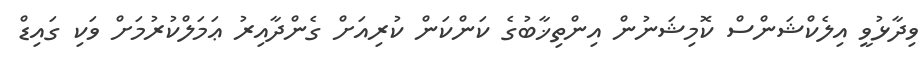
ވިދާޅުވީ އިލެކްޝަންސް ކޮމިޝަނުން އިންތިޚާބުގެ ކަންކަން ކުރިއަށް ގެންދާއިރު ޢަމަލްކުރުމަށް ވަކި ގައިޑް